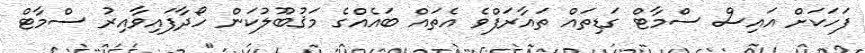
ފަހަކަށް އައިސް ސްމާޓް ގަޑިތައް ތައާރަފްވެ އެތައް ބައެއްގެ މަޤުބޫލުކަން ހޯދާފައިވާއިރު ސްމާޓް